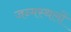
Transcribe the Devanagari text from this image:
जन्मस्थलों